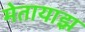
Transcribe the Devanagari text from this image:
मेतायाझ़